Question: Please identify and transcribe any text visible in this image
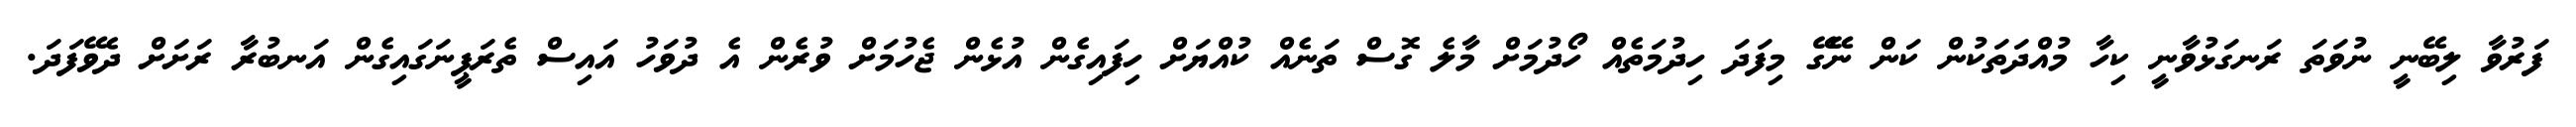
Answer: ފަރުވާ ލިބޭނީ ނުވަތަ ރަނގަޅުވާނީ ކިހާ މުއްދަތަކުން ކަން ނޭގޭ މިފަދަ ހިދުމަތެއް ހޯދުމަށް މާލެ ގޮސް ތަނެއް ކުއްޔަށް ހިފައިގެން އުޅެން ޖެހުމަށް ވުރެން އެ ދުވަހު އައިސް ތެރަޕީނަގައިގެން އަނބުރާ ރަށަށް ދެވޭފަދަ.